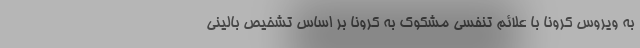
به ویروس کرونا با علائم تنفسی مشکوک به کرونا بر اساس تشخیص بالینی